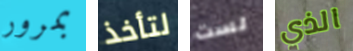
بمرور لتأخذ لست الذي